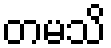
တမသိ